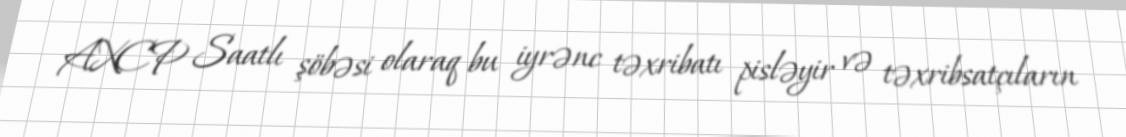
AXCP Saatlı şöbəsi olaraq bu iyrənc təxribatı pisləyir və təxribsatçıların